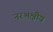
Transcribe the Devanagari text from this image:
नरभक्षीय